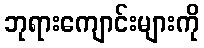
ဘုရားကျောင်းများကို